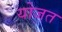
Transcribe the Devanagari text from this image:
योजत